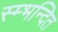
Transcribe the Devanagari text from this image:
स्म्भन्दित